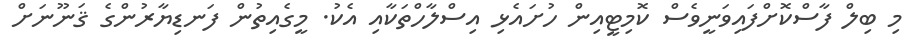
މި ބިލް ފާސްކޮށްފައިވަނީވެސް ކޮމިޓީއިން ހުށައެޅި އިސްލާހްތަކާއި އެކު. މީގެއިތުން ފަނޑިޔާރުންގެ ޤަނޫނަށް